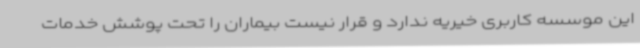
این موسسه کاربری خیریه ندارد و قرار نیست بیماران را تحت پوشش خدمات